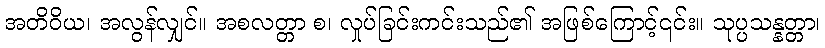
အတိဝိယ၊ အလွန်လျှင်။ အစလတ္တာ စ၊ လှုပ်ခြင်းကင်းသည်၏ အဖြစ်ကြောင့်၎င်း။ သုပ္ပသန္နတ္တာ၊